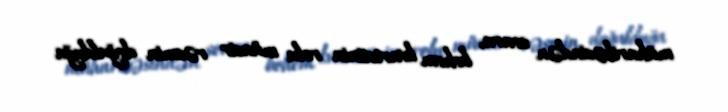
müharibəsindən sonra, bohem kvartetinin rolu müasir rəsmin doğulduğu